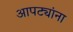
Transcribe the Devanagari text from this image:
आपट्यांना